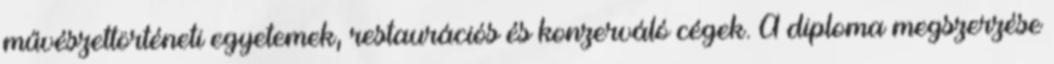
művészettörténeti egyetemek, restaurációs és konzerváló cégek. A diploma megszerzése